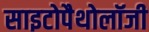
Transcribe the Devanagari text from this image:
साइटोपैथोलॉजी